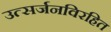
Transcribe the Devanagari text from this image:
उत्सर्जनविरहित